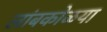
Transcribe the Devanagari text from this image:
लांबकोळया